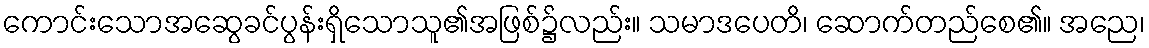
ကောင်းသောအဆွေခင်ပွန်းရှိသောသူ၏အဖြစ်၌လည်း။ သမာဒပေတိ၊ ဆောက်တည်စေ၏။ အညေ၊